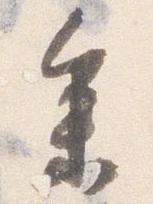
参